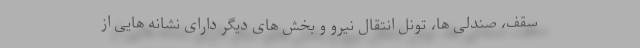
سقف، صندلی ها، تونل انتقال نیرو و بخش های دیگر دارای نشانه هایی از